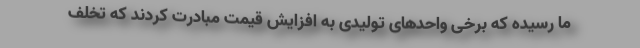
ما رسیده که برخی واحدهای تولیدی به افزایش قیمت مبادرت کردند که تخلف